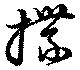
揲